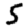
Digit: 5